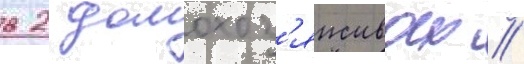
в 2 домохоз'яиствах //